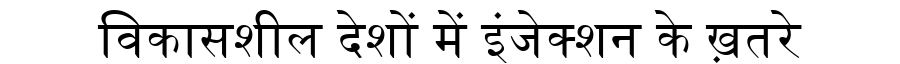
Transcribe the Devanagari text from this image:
विकासशील देशों में इंजेक्शन के ख़तरे